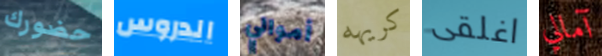
حضورك الدروس أموالي كريهه اغلقى آمالي